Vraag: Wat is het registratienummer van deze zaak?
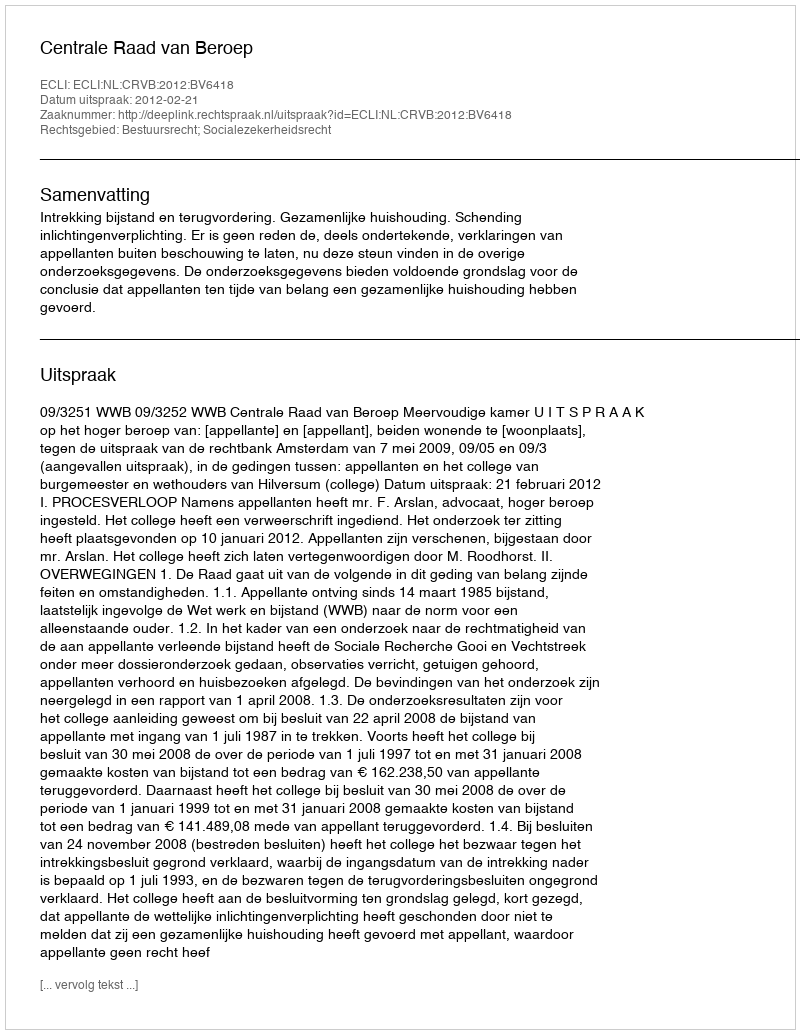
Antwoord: http://deeplink.rechtspraak.nl/uitspraak?id=ECLI:NL:CRVB:2012:BV6418